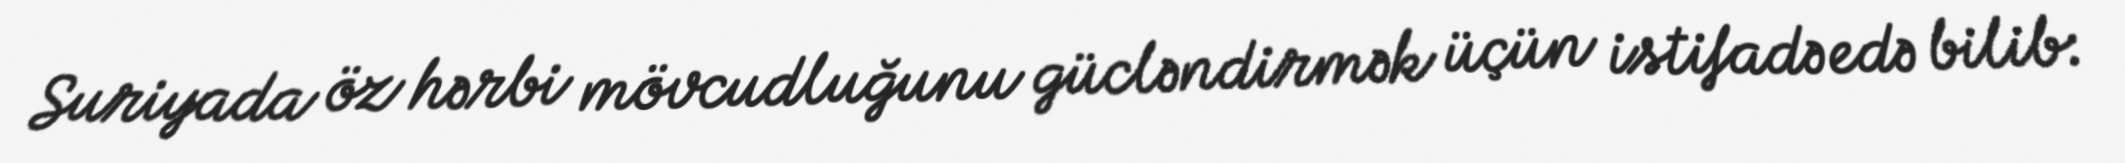
Suriyada öz hərbi mövcudluğunu gücləndirmək üçün istifadə edə bilib: